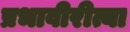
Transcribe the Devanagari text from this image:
प्रभावीरीत्या